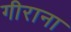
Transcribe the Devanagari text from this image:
गीराना